system: You are a helpful assistant.
user:
Analyze the provided spectrum to determine if it is a **Carbon Star (C-type)**.

- **Key Visual Indicators of Carbon Star:**
    - **(Primary):** Strong molecular absorption from **C₂ (diatomic carbon) "Swan Bands."** This is the **defining feature** of a carbon star.
        - **(Key Bandheads):** Sharp absorption edges are visible at approximately $5635$ Å, $5165$ Å (the strongest band), and $4737$ Å.
        - **(Line Profile):** Creates a distinct **"saw-tooth"** pattern. The key morphology is a sharp, steep bandhead on the **red (long-wavelength) side**, which then gradually tapers off (i.e., flux recovers) towards the **blue (short-wavelength) side**. *(This is the direct opposite of the TiO bands seen in M-type stars)*.

    - **(Secondary):** Intense **CN (cyanogen)** molecular absorption bands.
        - **(Key Bandheads):** Located in the blue and violet regions of the spectrum (e.g., near $4215$ Å and $3883$ Å).
        - **(Morphology):** These bands are extremely broad and act as a "blanket," absorbing the vast majority of blue and violet light. This creates a characteristic **"cliff"** or **"steep drop-off"** in the spectrum's flux at short wavelengths.

    - **(Key Confirmation):** Strong **CH absorption band (G-band)**.
        - **(Key Bandhead):** Located around $4300$ Å. The contribution from CH molecules to this band is exceptionally strong.

    - **(Overall Spectrum):**
        - The continuum is severely "chopped up" by these deep molecular bands, especially C₂, rather than appearing as a smooth curve.
        - Due to the heavy CN and C₂ absorption in the blue-green, the vast majority of the star's flux is concentrated in the red part of the spectrum, giving the star its characteristic deep red color.

Think first, call **spectral_visualization_tool** if needed to examine features in detail, then provide your final answer. Your response must adhere to the following strict rules:
1.  **Overall Structure:** Your response must follow the format `<think>...</think> <tool_call>...</tool_call> (if a tool is used) <answer>...</answer>`.
2.  **Tool Usage Constraint:** You may only make **one** tool call per turn.
3.  **Final Answer Format:** In the `<answer>` tag, your conclusion must be inside a `\boxed{}` command (e.g., `\boxed{YES}`), followed by your justification.

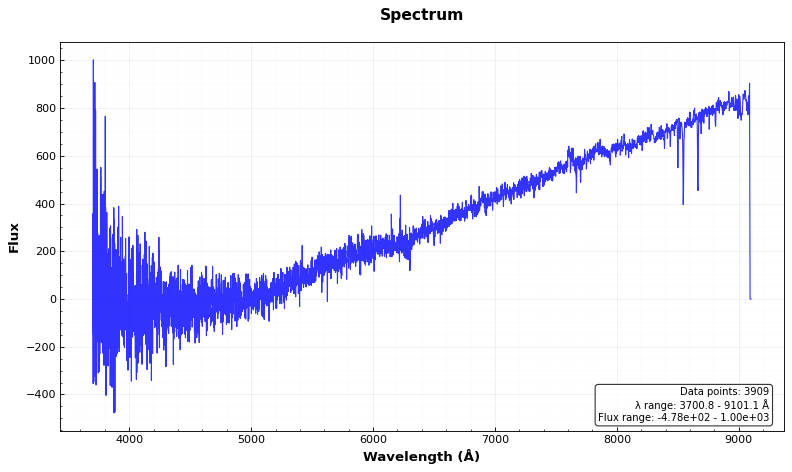
Answer: NO